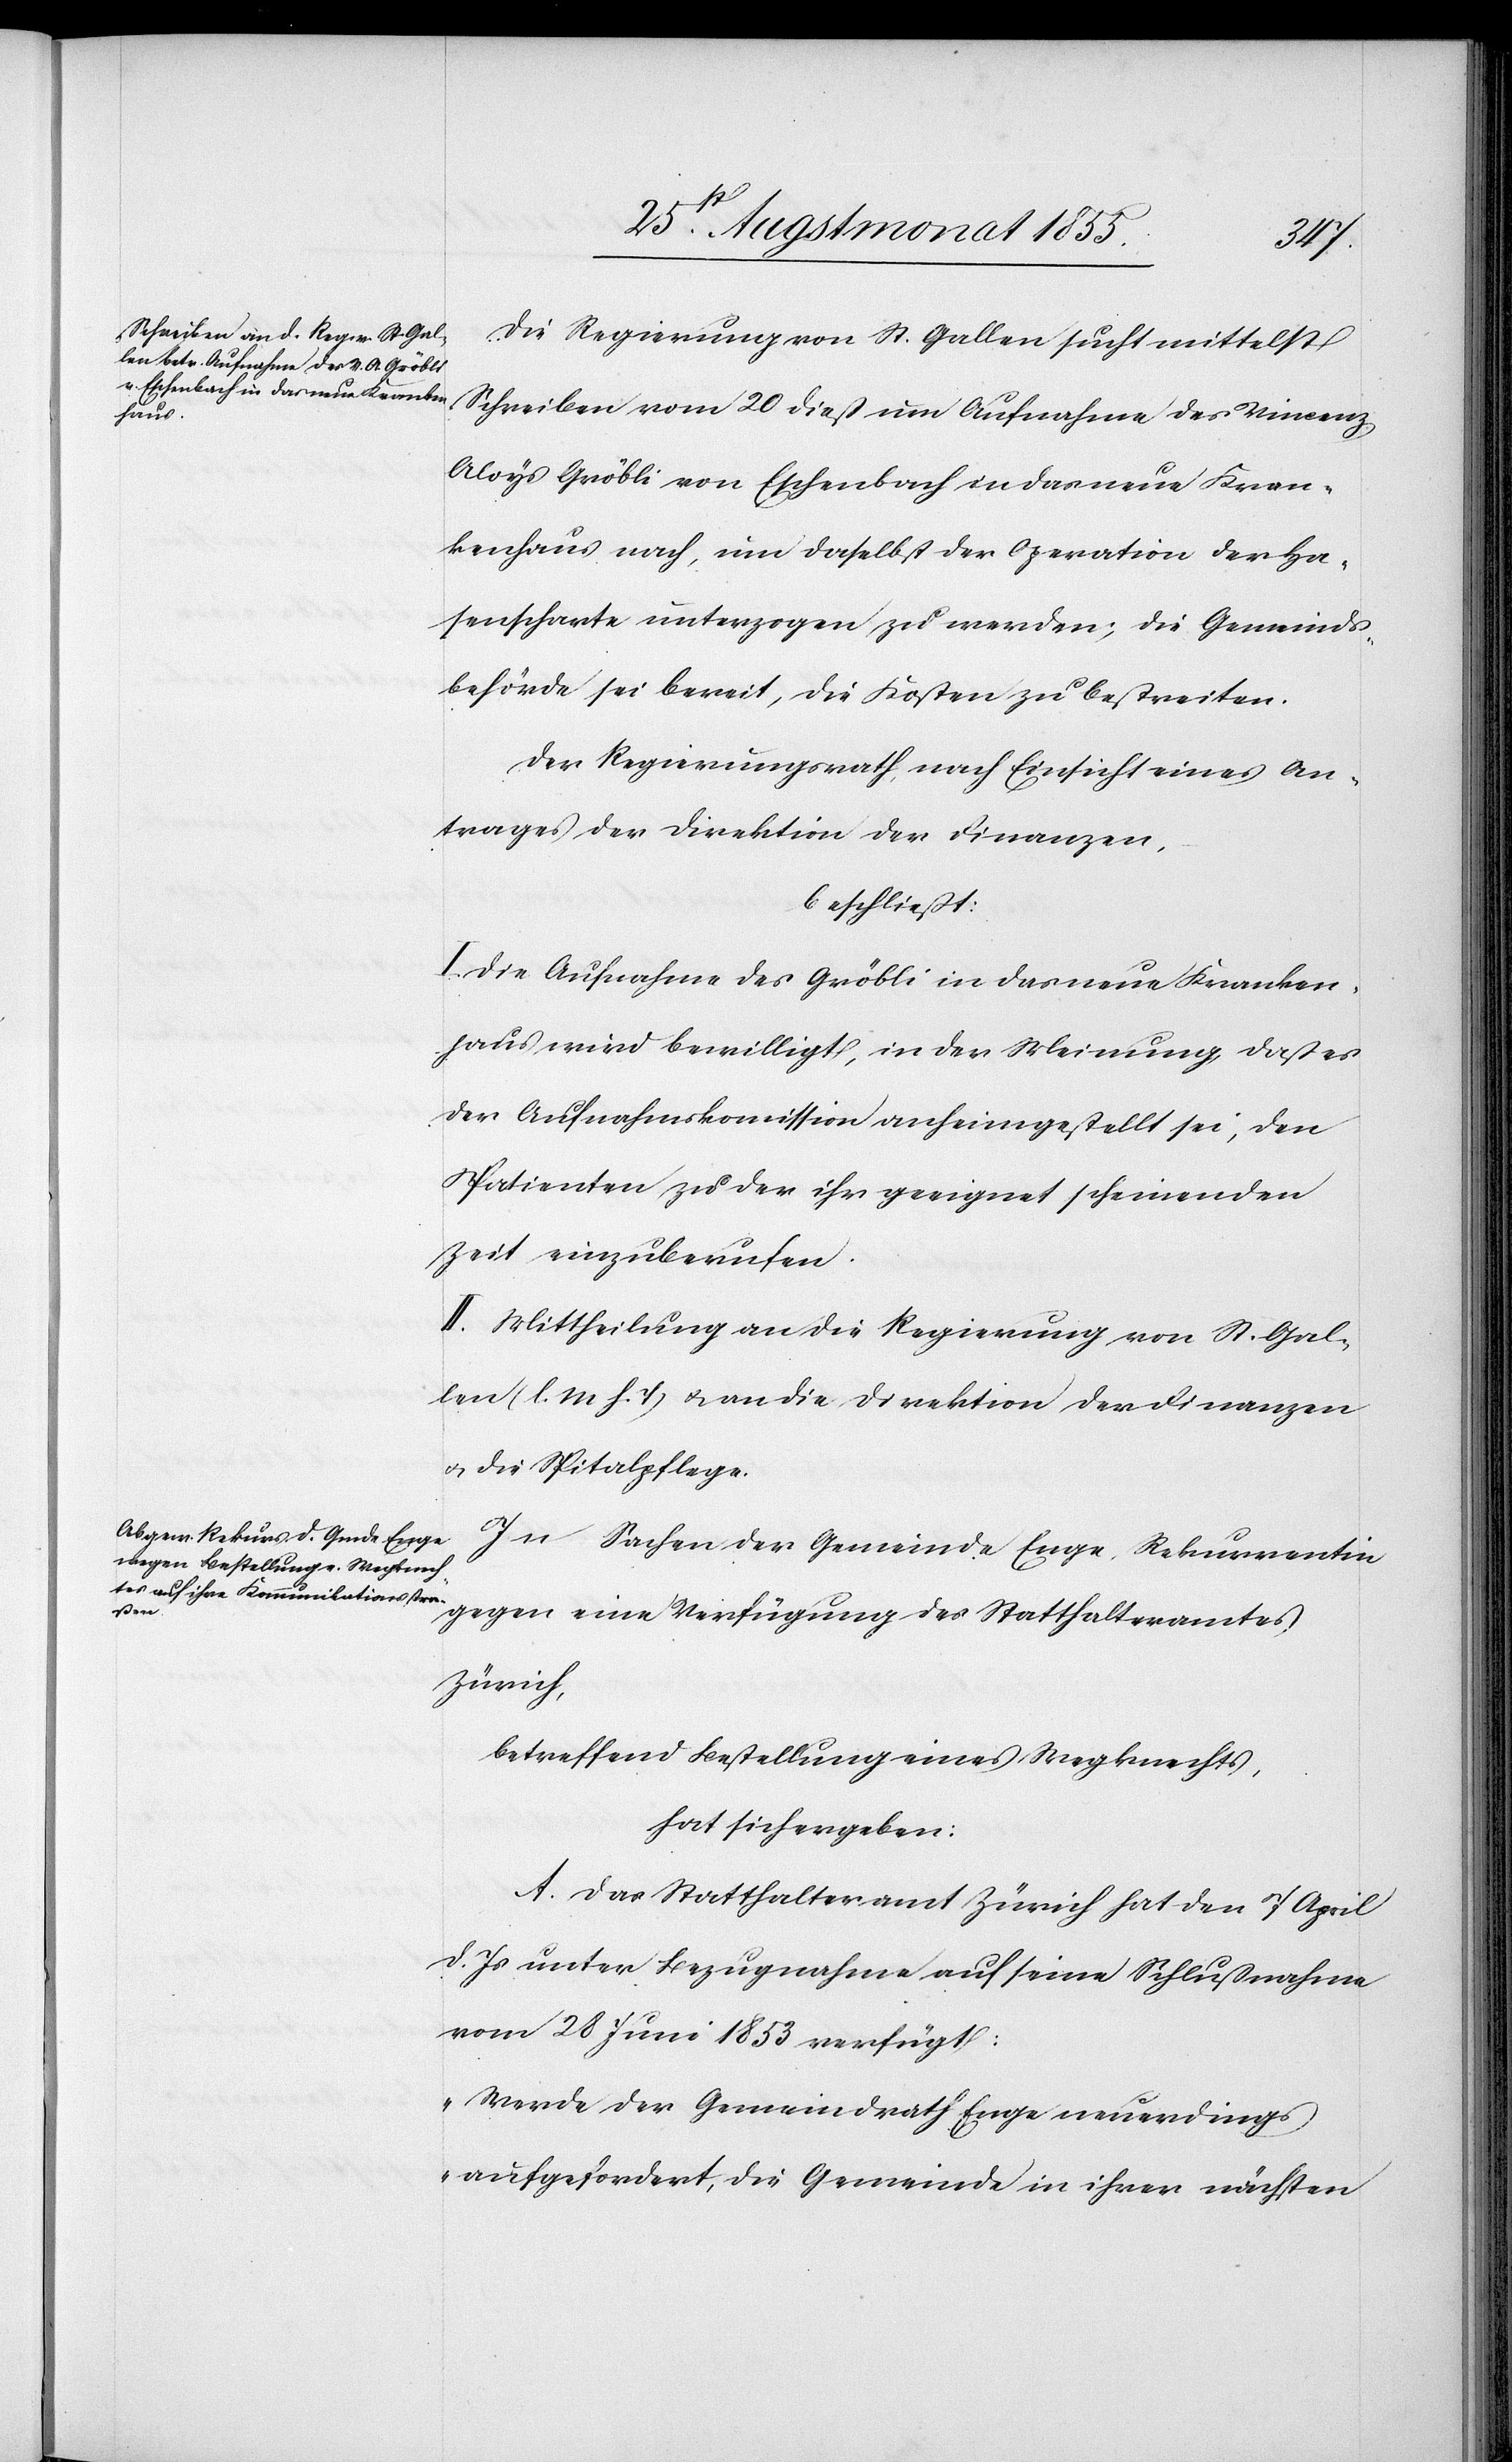
Die Regierung von St. Gallen sucht mittelst
Schreiben vom 20 dieß um Aufnahme des Vincenz
Aloys Gröbli von Eschenbach in das neue Kran¬
kenhaus nach, um daselbst der Operation der Ha¬
senscharte unterzogen zu werden; die Gemeinds¬
behörde sei bereit, die Kosten zu bestreiten.
Der Regierungsrath, nach Einsicht eines An¬
trages der Direktion der Finanzen,
beschließt:
I. Die Aufnahme des Gröbli in das neue Kranken¬
haus wird bewilligt, in der Meinung, daß es
der Aufnahmskommission anheimgestellt sei, den
Patienten zu der ihr geeignet scheinenden
Zeit einzuberufen.
II. Mittheilung an die Regierung von St. Gal¬
len (l. M. h. T) & an die Direktion der Finanzen
& die Spitalpflege.
In Sachen der Gemeinde Enge, Rekurrentin
gegen eine Verfügung des Statthalteramtes
Zürich,
betreffend Bestellung eines Wegknechts,
hat sich ergeben:
A. Das Statthalteramt Zürich hat den 7 April
d. Js unter Bezugnahme auf seine Schlußnahme
vom 28 Juni 1853 verfügt:
„Werde der Gemeindrath Enge neuerdings
aufgefordert, die Gemeinde in ihrer nächsten